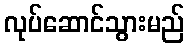
လုပ်ဆောင်သွားမည်